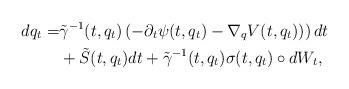
LaTeX: \begin{align*}dq_t=&\tilde\gamma^{-1}(t,q_t)\left(-\partial_t\psi(t,q_t)-\nabla_qV(t,q_t))\right) dt\\& +\tilde S(t,q_t)dt+\tilde\gamma^{-1}(t,q_t)\sigma(t,q_t)\circ dW_t,\end{align*}